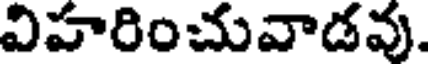
విహరించువాడవు.